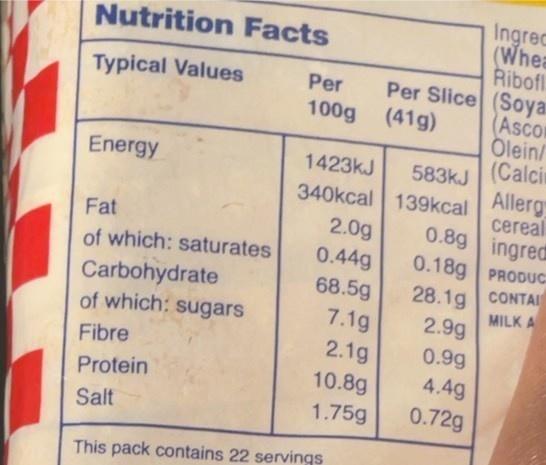
Ingrec (Whea Ribofl Per Slice (Soyar (Ascon Olein/ (Calcin Allerg cereal 0.8g ingred 0.18g PRODUC
Nutrition Facts
Typical Values
Per
100g (41g)
Energy
1423kJ
583KJ
340kcal 139kcal
Fat
2.0g
0.44g 68.5g 7.1g
of which: saturates
Carbohydrate of which: sugars
28.1g CONTAI MILK A 2.9g
Fibre
2.1g
0.9g
10.8g
4.4g
Protein
1.75g
0.72g
Salt
This pack contains 22 servings